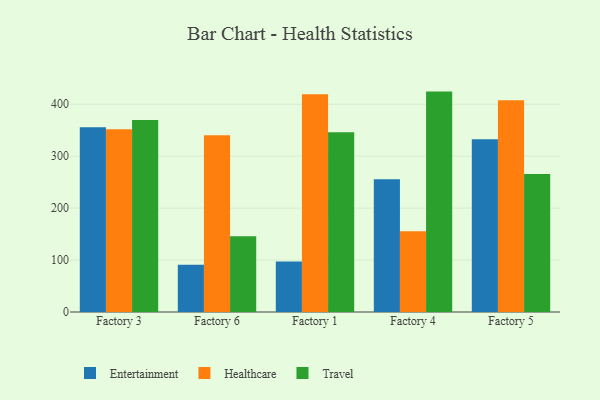
{"axis": {"x": "Factory", "y": "Backlog"}, "legend": ["Entertainment", "Healthcare", "Travel"], "data": [{"x": "Factory 3", "y": 355.7, "type": "Entertainment"}, {"x": "Factory 3", "y": 351.8, "type": "Healthcare"}, {"x": "Factory 3", "y": 369.7, "type": "Travel"}, {"x": "Factory 6", "y": 91.0, "type": "Entertainment"}, {"x": "Factory 6", "y": 340.1, "type": "Healthcare"}, {"x": "Factory 6", "y": 146.0, "type": "Travel"}, {"x": "Factory 1", "y": 97.4, "type": "Entertainment"}, {"x": "Factory 1", "y": 419.4, "type": "Healthcare"}, {"x": "Factory 1", "y": 345.9, "type": "Travel"}, {"x": "Factory 4", "y": 255.6, "type": "Entertainment"}, {"x": "Factory 4", "y": 155.6, "type": "Healthcare"}, {"x": "Factory 4", "y": 424.3, "type": "Travel"}, {"x": "Factory 5", "y": 332.4, "type": "Entertainment"}, {"x": "Factory 5", "y": 407.8, "type": "Healthcare"}, {"x": "Factory 5", "y": 265.8, "type": "Travel"}]}